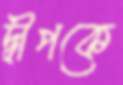
দ্বীপকে